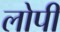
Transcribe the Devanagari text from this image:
लोपी